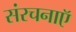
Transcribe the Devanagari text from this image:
संरचनाऍ